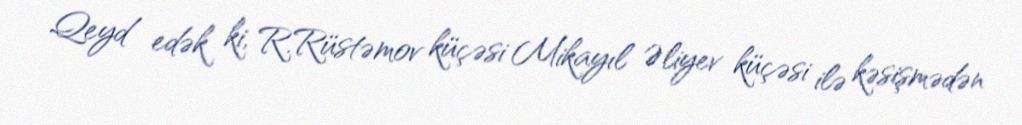
Qeyd edək ki, R.Rüstəmov küçəsi Mikayıl Əliyev küçəsi ilə kəsişmədən